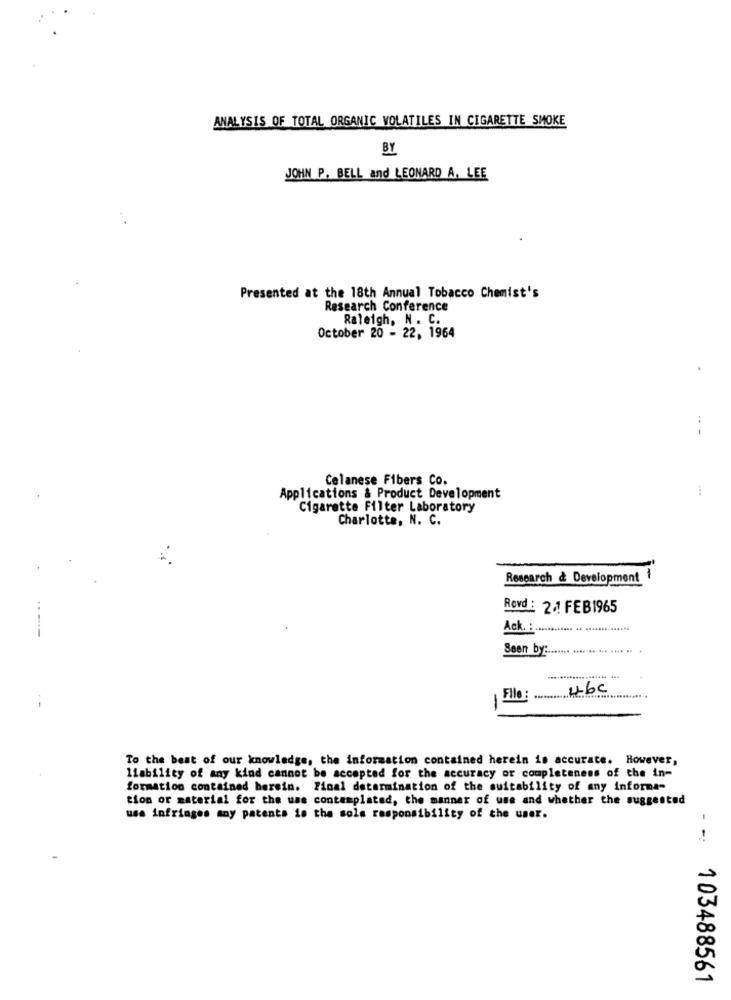
ANALYSIS OF TOTAL ORGANIC VOLATILES IN CIGARETTE SMOKE
BY
JOHN P. BELL and LEONARD A. LEE
Presented at the 18th Annual Tobacco Chemist's
Research Conference
Raleigh, N . C.
October 20 - 22, 1964
-- -
Celanese Fibers Co.
Applications & Product Development
Cigarette Filter Laboratory
Charlotte, N. C.
Research & Development
Rovd : 2/1 FEB1965
Ack. : ......
Seen by:
File: 4bc
To the best of our knowledge, the information contained herein is accurate. However,
liability of any kind cannot be accepted for the accuracy or completeness of the in-
formation contained herein. Final determination of the suitability of any informa-
tion or material for the use contemplated, the manner of use and whether the suggested
use infringes any patents is the sole responsibility of the user.
103488561